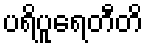
ပရိပူရေတီတိ